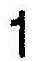
1